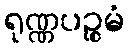
ရုဏ္ဏပဉ္စမံ